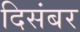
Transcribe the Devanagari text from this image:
दिसंबर